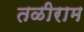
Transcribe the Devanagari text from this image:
तळीराम